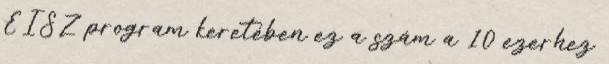
EISZ program keretében ez a szám a 10 ezerhez